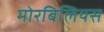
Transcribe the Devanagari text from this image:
मोरबिलियस